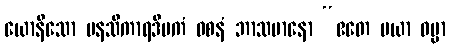
ယောနိသော မနသိကာရဒီပကံ ဝစနံ ဘာသမာနော “ဧတေ မယာ ဓမ္မာ